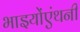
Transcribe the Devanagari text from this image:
भाइयोंएंथनी